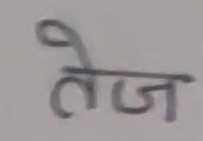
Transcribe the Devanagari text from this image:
तेज